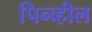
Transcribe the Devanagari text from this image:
पिन्व्हील